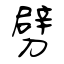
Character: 劈